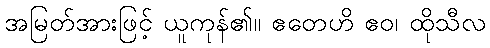
အမြတ်အားဖြင့် ယူကုန်၏။ ဧတေဟိ ဧဝ၊ ထိုသီလ